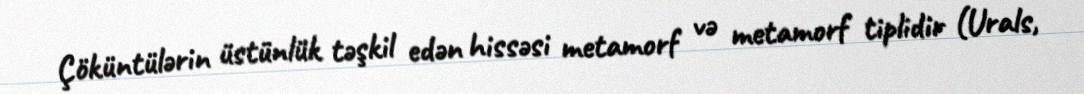
Çöküntülərin üstünlük təşkil edən hissəsi metamorf və metamorf tiplidir (Urals,